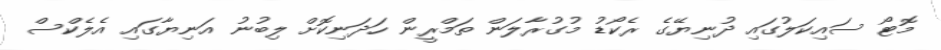
މޮޓޯ ސައިކަލުގައި ދުނިޔޭގެ ރެކޯޑު މުގުރާލަން ތަމްރީން ހަދަނިކޮށް ލިބުނު އަނިޔާގައި އެލެކްސް